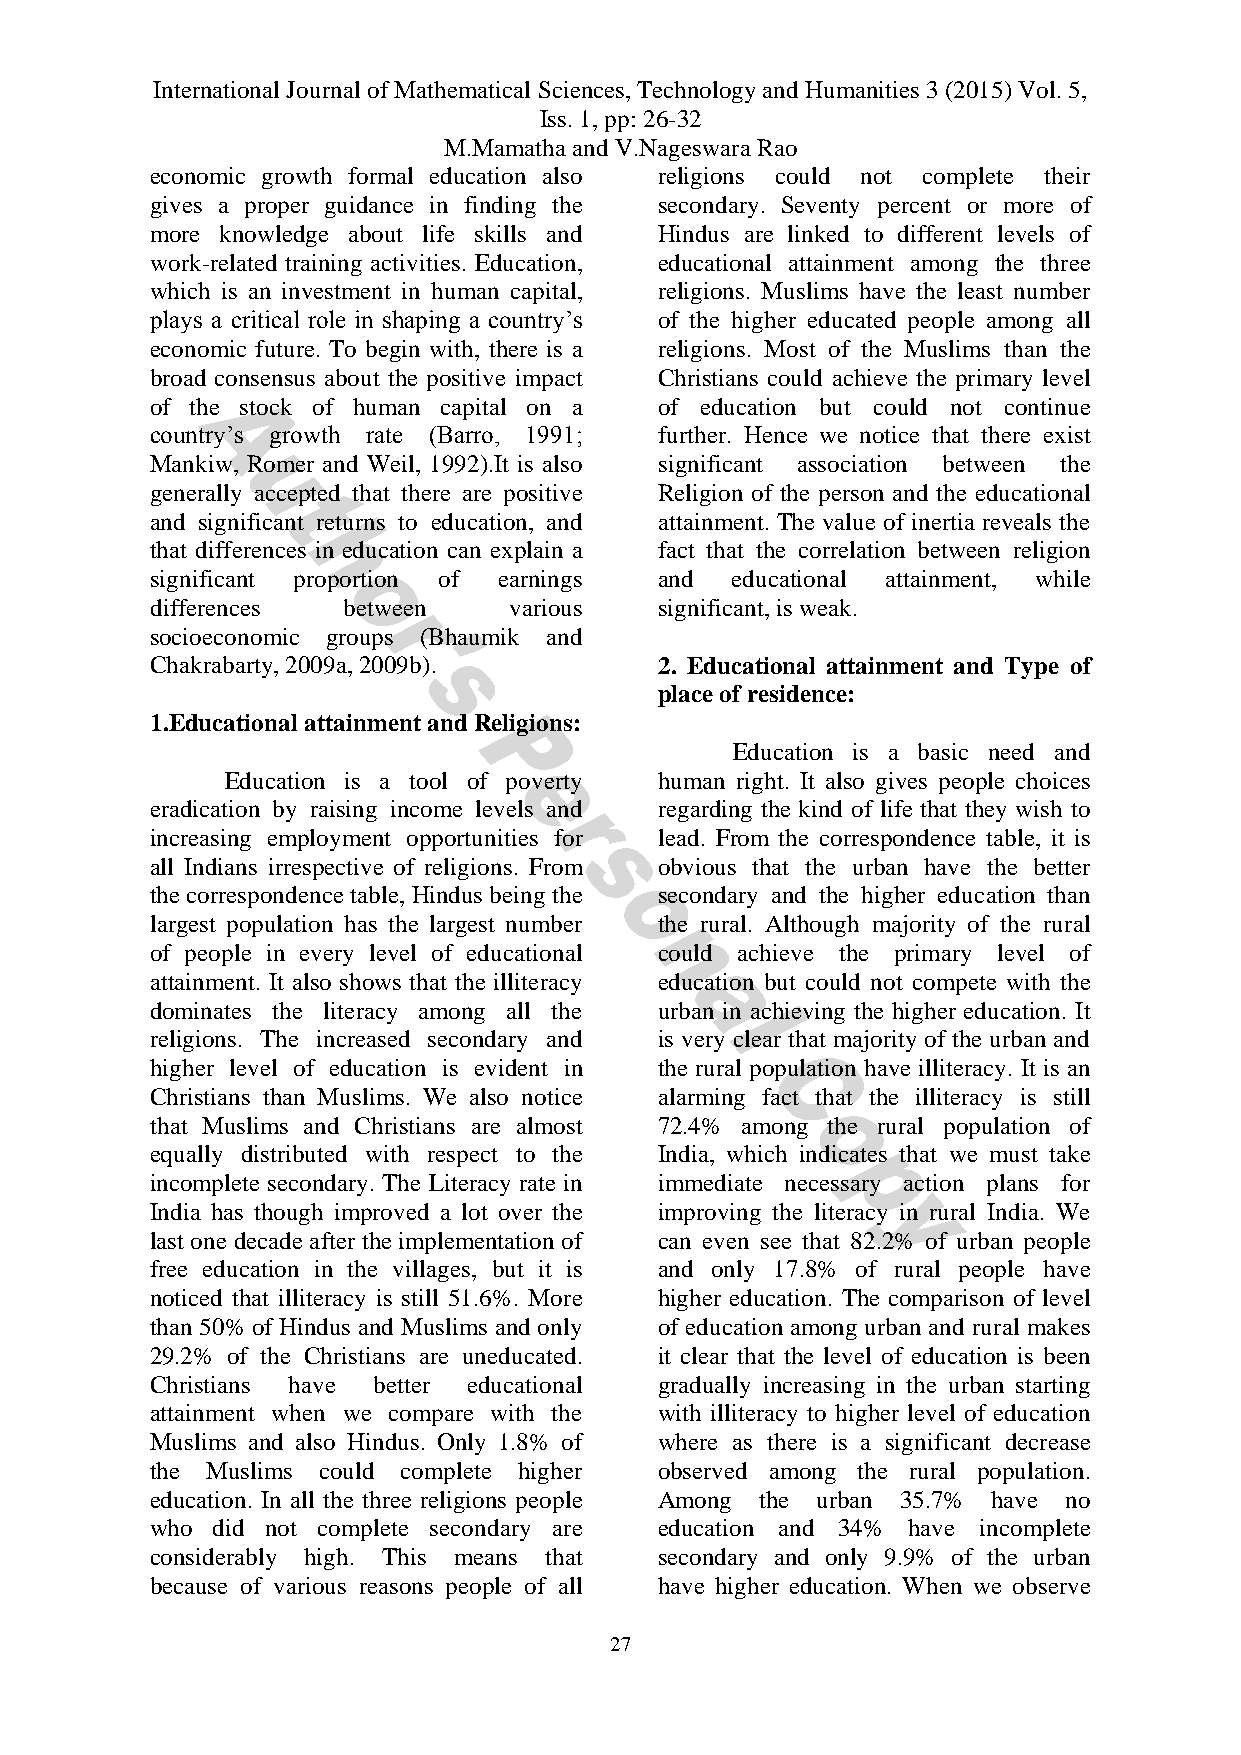
International Journal of Mathematical Sciences, Technology and Humanities 3 (2015) Vol. 5,
 Iss. 1, pp: 26-32
 M.Mamatha and V.Nageswara Rao
 economic growth formal education also religions could not complete their
 gives a proper guidance in finding the secondary. Seventy percent or more of
 more knowledge about life skills and Hindus are linked to different levels of
 work-related training activities. Education, educational attainment among the three
 which is an investment in human capital, religions. Muslims have the least number
 plays a critical role in shaping a country’s of the higher educated people among all
 economic future. To begin with, there is a religions. Most of the Muslims than the
 broad consensus about the positive impact Christians could achieve the primary level
 of the stock of human capital on a of education but could not continue
 country’s growth rate (Barro, 1991; further. Hence we notice that there exist
 Mankiw, Romer and Weil, 1992).It is also significant association between the
 generally accepted that there are positive Religion of the person and the educational
 and significant returns to education, and attainment. The value of inertia reveals the
 that differences in education can explain a fact that the correlation between religion
 significant proportion of earnings and educational attainment, while
 differences  between    various   significant, is weak.
 socioeconomic groups (Bhaumik and
 Chakrabarty, 2009a, 2009b).       2. Educational attainment and Type of
 place of residence:
 1.Educational attainment and Religions:
 Education is a basic need and
 Education is a tool of poverty human right. It also gives people choices
 eradication by raising income levels and regarding the kind of life that they wish to
 increasing employment opportunities for lead. From the correspondence table, it is
 all Indians irrespective of religions. From obvious that the urban have the better
 the correspondence table, Hindus being the secondary and the higher education than
 largest population has the largest number the rural. Although majority of the rural
 of people in every level of educational could achieve the primary level of
 attainment. It also shows that the illiteracy education but could not compete with the
 dominates the literacy among all the urban in achieving the higher education. It
 religions. The increased secondary and is very clear that majority of the urban and
 higher level of education is evident in the rural population have illiteracy. It is an
 Christians than Muslims. We also notice alarming fact that the illiteracy is still
 that Muslims and Christians are almost 72.4% among the rural population of
 equally distributed with respect to the India, which indicates that we must take
 incomplete secondary. The Literacy rate in immediate necessary action plans for
 India has though improved a lot over the improving the literacy in rural India. We
 last one decade after the implementation of can even see that 82.2% of urban people
 free education in the villages, but it is and only 17.8% of rural people have
 noticed that illiteracy is still 51.6%. More higher education. The comparison of level
 than 50% of Hindus and Muslims and only of education among urban and rural makes
 29.2% of the Christians are uneducated. it clear that the level of education is been
 Christians have better educational gradually increasing in the urban starting
 attainment when we compare with the with illiteracy to higher level of education
 Muslims and also Hindus. Only 1.8% of where as there is a significant decrease
 the Muslims could complete higher observed among the rural population.
 education. In all the three religions people Among the urban 35.7% have no
 who did not complete secondary are education and 34% have incomplete
 considerably high. This means that secondary and only 9.9% of the urban
 because of various reasons people of all have higher education. When we observe
 27